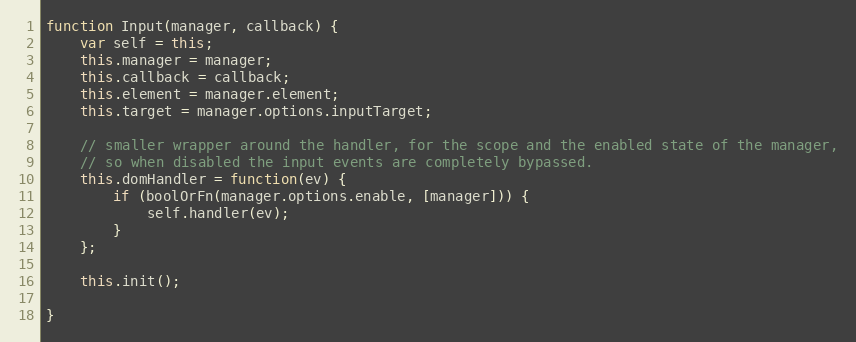
Language: JavaScript
function Input(manager, callback) {
    var self = this;
    this.manager = manager;
    this.callback = callback;
    this.element = manager.element;
    this.target = manager.options.inputTarget;

    // smaller wrapper around the handler, for the scope and the enabled state of the manager,
    // so when disabled the input events are completely bypassed.
    this.domHandler = function(ev) {
        if (boolOrFn(manager.options.enable, [manager])) {
            self.handler(ev);
        }
    };

    this.init();

}